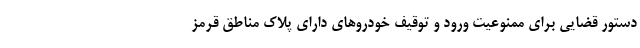
دستور قضایی برای ممنوعیت ورود و توقیف خودروهای دارای پلاک مناطق قرمز